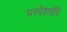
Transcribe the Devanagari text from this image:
परदेशदौरे